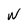
Character: W